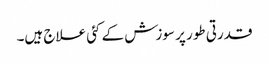
قدرتی طور پر سوزش کے کئی علاج ہیں۔